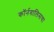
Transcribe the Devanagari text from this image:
कॉर्नवालिसचा